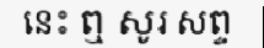
នេះ ឮ សូរ សព្ទ